Vaccination in Bombay 1863-1868 - 1863-1868
Year: 1863
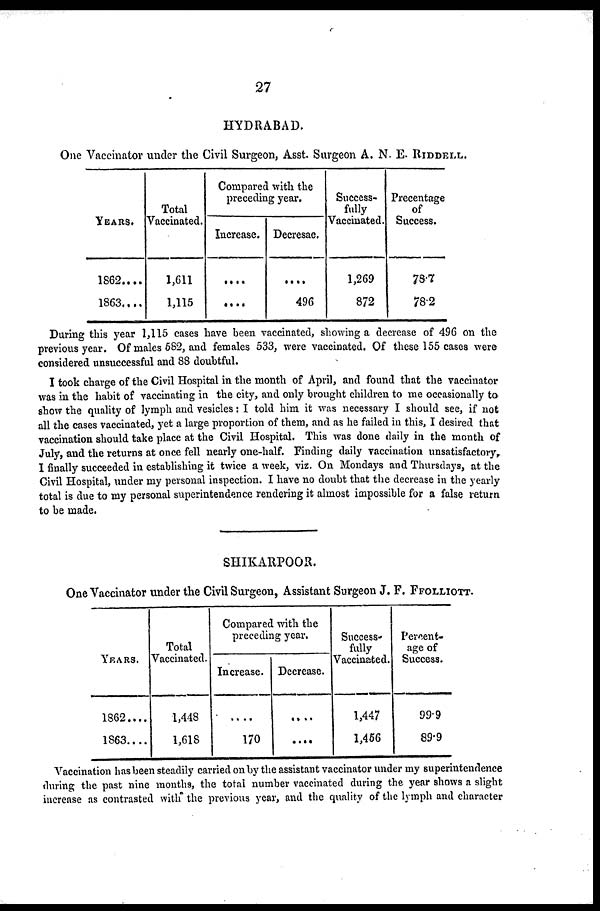
27
HYDRABAD.
One Vaccinator under the Civil Surgeon, Asst. Surgeon A. N. E. RIDDELL.
YEARS.
1862....
1863....
Total
Vaccinated.
1,611
1,115
Compared with the
preceding year.
Increase.
....
....
Decresae.
....
496
Success-
fully
Vaccinated.
1,269
872
Precentage
of
Success.
78.7
78.2
During this year 1,115 cases have been vaccinated, showing a decrease of 496 on the
previous year. Of males 582, and females 533, were vaccinated. Of these 155 cases were
considered unsuccessful and 88 doubtful.
I took charge of the Civil Hospital in the month of April, and found that the vaccinator
was in the habit of vaccinating in the city, and only brought children to me occasionally to
show the quality of lymph and vesicles : I told him it was necessary I should see, if not
all the cases vaccinated, yet a large proportion of them, and as he failed in this, I desired that
vaccination should take place at the Civil Hospital. This was done daily in the month of
July, and the returns at once fell nearly one-half. Finding daily vaccination unsatisfactory,.
I finally succeeded in establishing it twice a week, viz. On Mondays and Thursdays, at the
Civil Hospital, under my personal inspection. I have no doubt that the decrease in the yearly
total is due to my personal superintendence rendering it almost impossible for a false return
to be made.
SHIKARPOOR.
One Vaccinator under the Civil Surgeon, Assistant Surgeon J. F. FFOLLIOTT.
YEARS.
1862....
1863....
Total
Vaccinated.
1,448
1,618
Compared with the
preceding year.
Increase.
....
170
Decrease.
....
....
Success-
fully
Vaccinated.
1,447
1,456
Percent-
age of
Success.
99.9
89.9
Vaccination has been steadily carried on by the assistant vaccinator under my superintendence
during the past nine months, the total number vaccinated during the year shows a slight
increase as contrasted with the previous year, and the quality of the lymph and character